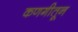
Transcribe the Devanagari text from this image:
कणगीतून